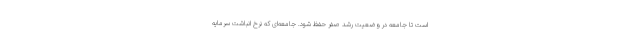
است تا جامعه در وضعیت رشد صفر حفظ شود. جامعه‌ای که نرخ انباشت سرمایه